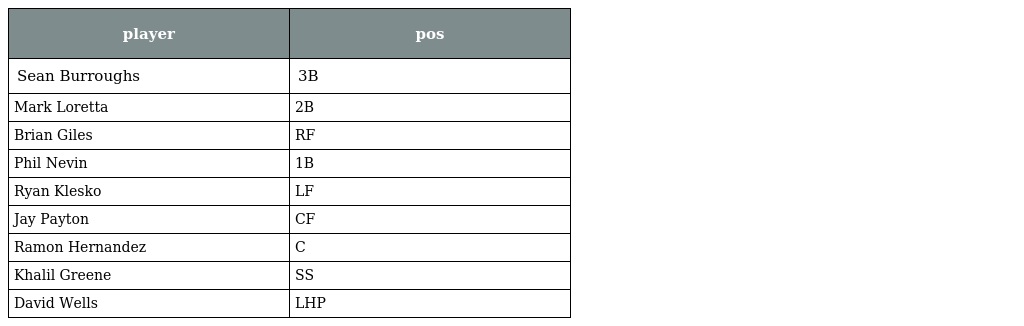
| player | pos |
 | --- | --- |
 | Sean Burroughs | 3B |
 | Mark Loretta | 2B |
 | Brian Giles | RF |
 | Phil Nevin | 1B |
 | Ryan Klesko | LF |
 | Jay Payton | CF |
 | Ramon Hernandez | C |
 | Khalil Greene | SS |
 | David Wells | LHP |